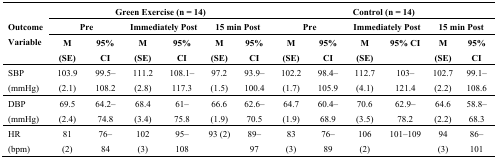
| <ROWSPAN=3> Outcome Variable | <COLSPAN=6> Green Exercise (n = 14) | <COLSPAN=6> Control (n = 14) |
 | <COLSPAN=2> Pre | <COLSPAN=2> Immediately Post | <COLSPAN=2> 15 min Post | <COLSPAN=2> Pre | <COLSPAN=2> Immediately Post | <COLSPAN=2> 15 min Post |
 | M (SE) | 95% CI | M (SE) | 95% CI | M (SE) | 95% CI | M (SE) | 95% CI | M (SE) | 95% CI | M (SE) | 95% CI |
 | --- | --- | --- | --- | --- | --- | --- | --- | --- | --- | --- | --- | --- |
 | SBP (mmHg) | 103.9 (2.1) | 99.5–108.2 | 111.2 (2.8) | 108.1–117.3 | 97.2 (1.5) | 93.9–100.4 | 102.2 (1.7) | 98.4–105.9 | 112.7 (4.1) | 103–121.4 | 102.7 (2.2) | 99.1–108.6 |
 | DBP (mmHg) | 69.5 (2.4) | 64.2–74.8 | 68.4 (3.4) | 61–75.8 | 66.6 (1.9) | 62.6–70.5 | 64.7 (1.9) | 60.4–68.9 | 70.6 (3.5) | 62.9–78.2 | 64.6 (2.2) | 58.8–68.3 |
 | HR (bpm) | 81 (2) | 76–84 | 102 (3) | 95–108 | 93 (2) | 89–97 | 83 (3) | 76–89 | 106 (2) | 101–109 | 94 (3) | 86–101 |